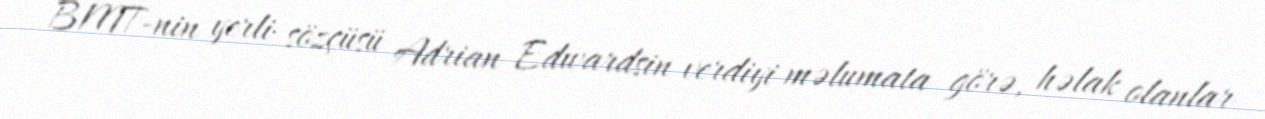
BMT-nin yerli sözçüsü Adrian Edwardsin verdiyi məlumata görə, həlak olanlar